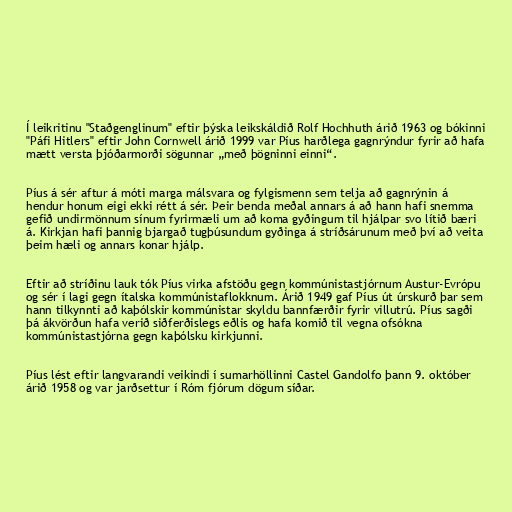
Í leikritinu "Staðgenglinum" eftir þýska leikskáldið Rolf Hochhuth árið 1963 og bókinni
"Páfi Hitlers" eftir John Cornwell árið 1999 var Píus harðlega gagnrýndur fyrir að hafa
mætt versta þjóðarmorði sögunnar „með þögninni einni“.

Píus á sér aftur á móti marga málsvara og fylgismenn sem telja að gagnrýnin á
hendur honum eigi ekki rétt á sér. Þeir benda meðal annars á að hann hafi snemma
gefið undirmönnum sínum fyrirmæli um að koma gyðingum til hjálpar svo lítið bæri
á. Kirkjan hafi þannig bjargað tugþúsundum gyðinga á stríðsárunum með því að veita
þeim hæli og annars konar hjálp.

Eftir að stríðinu lauk tók Píus virka afstöðu gegn kommúnistastjórnum Austur-Evrópu
og sér í lagi gegn ítalska kommúnistaflokknum. Árið 1949 gaf Píus út úrskurð þar sem
hann tilkynnti að kaþólskir kommúnistar skyldu bannfærðir fyrir villutrú. Píus sagði
þá ákvörðun hafa verið siðferðislegs eðlis og hafa komið til vegna ofsókna
kommúnistastjórna gegn kaþólsku kirkjunni.

Píus lést eftir langvarandi veikindi í sumarhöllinni Castel Gandolfo þann 9. október
árið 1958 og var jarðsettur í Róm fjórum dögum síðar.